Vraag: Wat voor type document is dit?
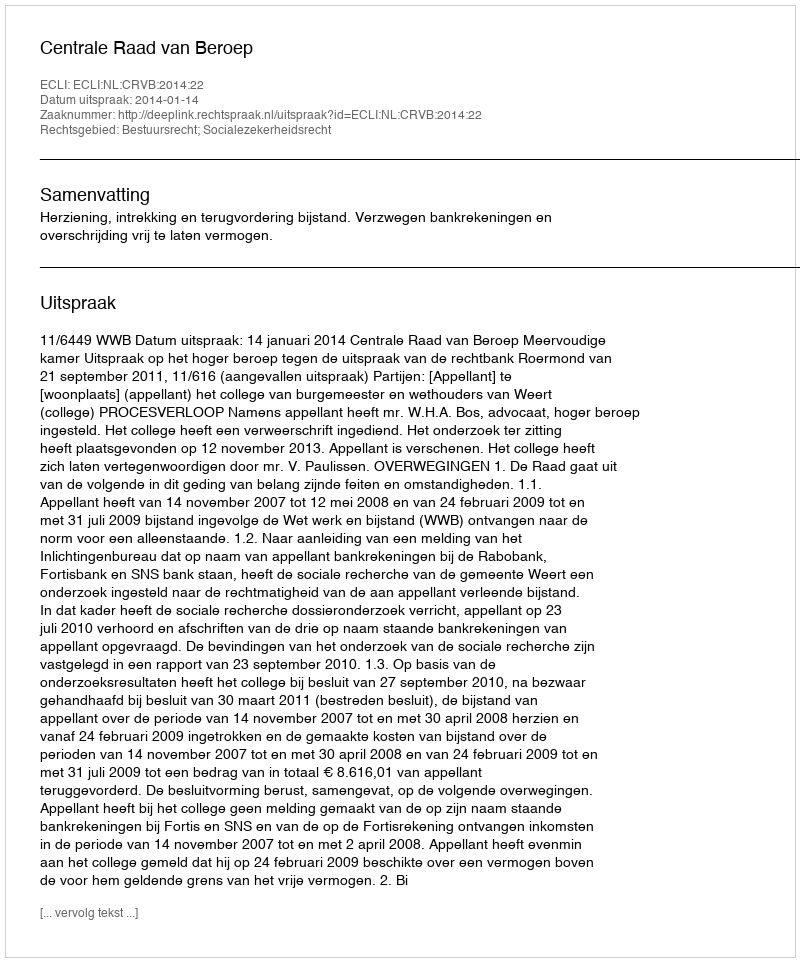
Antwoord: Uitspraak